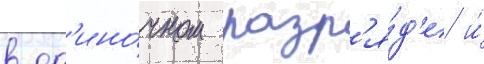
в од'ино́чном разр'я́д'е и́